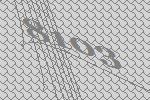
8103